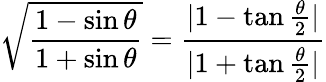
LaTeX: {\sqrt{\frac{1-\sin\theta}{1+\sin\theta}}}={\frac{|1-\tan{\frac{\theta}{2}}|}{|1+\tan{\frac{\theta}{2}}|}}